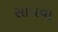
સાધવા